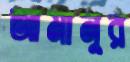
আমানুর